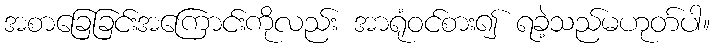
အစာခြေခြင်းအကြောင်းကိုလည်း အာရုံဝင်စား၍ ရခဲ့သည်မဟုတ်ပါ။